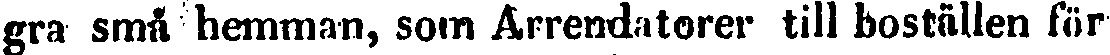
gra små hemman, som Ärrendatorer till boställen för-